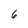
Character: 6